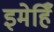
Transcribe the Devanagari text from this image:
इमेहिँ